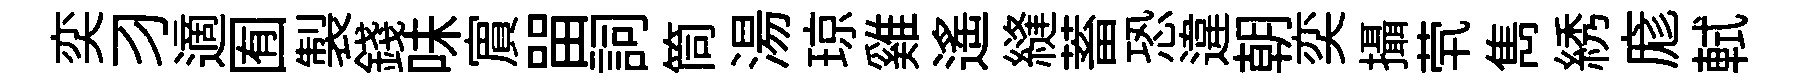
奕习適囿製錢味賔㽞詞筒湯琼雞遥縫蓄恐違朝奕攝茕雋綉庬軾